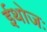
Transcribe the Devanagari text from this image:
ईथोजः